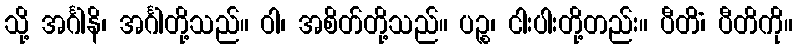
သို့ အင်္ဂါနိ၊ အင်္ဂါတို့သည်။ ဝါ၊ အစိတ်တို့သည်။ ပဉ္စ၊ ငါးပါးတို့တည်း။ ပီတိံ၊ ပီတိကို။